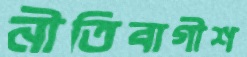
নীতিবাগীশ